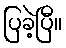
ပြခဲ့ပြီ။